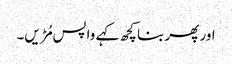
اور پھر بنا کچھ کہے واپس مُڑیں۔